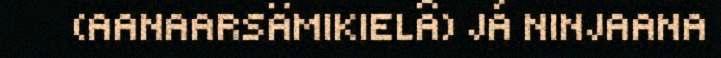
(AANAARSÄMIKIELÂ) JÁ NINJAANA